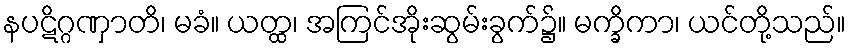
နပဋိဂ္ဂဏှာတိ၊ မခံ။ ယတ္ထ၊ အကြင်အိုးဆွမ်းခွက်၌။ မက္ခိကာ၊ ယင်တို့သည်။